Vital statistics of India. Vol. IV, Annual returns from 1871 to 1876. British Army of India, Native Army and jails of Bengal
Year: 1871
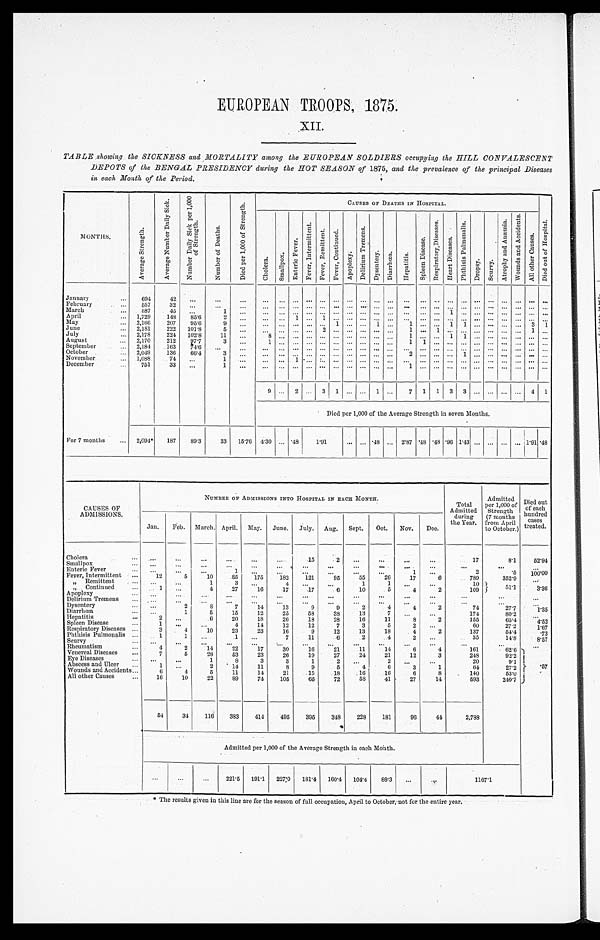
EUROPEAN TROOPS, 1875
XII.
TABLE .showing the SICKNESS and MORTALITY among the EUROPEAN SOLDIERS occupying the HILL CONVALESCENT
DEPOTS of the BENGAL PRESIDENCY during the HOT SEASON of 1875, and the prevalence of the principal Diseases
in each Month of the Period.
MONTHS;
A v e r a g e S t r e n g t h .
A v e r a g e N u m b e r D a i l y S i c k .
N u m b e r D a i l y S i c k p e r 1 , 0 0 0
o f S t r e n g t h .
N u m b e r o f D e a t h s .
D i e d p e r 1 , 0 0 0 o f S t r e n g t h .
C A U S E S O F D E A T H S I N H O S P I T A L .
C h o l e r a .
S m a l l p o x .
E n t e r i c F e v e r .
F e v e r , I n t e r m i t t e n t .
F e v e r , R e m i t t e n t .
F e v e r , C o n t i n u e d . A p o p l e x y .
D e l i r i u m T r e m e n s .
D y s e n t e r y . D i a r r h œ a . H e p a t i t i s .
S p l e e n D i s e a s e .
R e s p i r a t o r y D i s e a s e s .
H e a r t D i s e a s e s .
P h t h i s i s P i l m o n a l i s .
D r o p s y .
S c u r v y .
A t r o p h y a n d A n æ m i k a . W o u n d s a n d A c c i d e n t s .
A l l o t h e r C u a s e s .
D i e d o u t o f H o s p i t a l .
January
694 42
February
557 32
March
587 45
1
1
A p r i l
1,729 148
8 5 . 6
2
1
.
1
May
2,166 207 95.6
9
1
1
1
1 1
3 1
June
2,181 222 101.8 5
July
2,178 224 102.8 11
8
1
1 1
August
2,170 212
9 7 . 7 3
1 1
...
September
2,184 163
7 4 . 6
October
2,049 136 66.4 3
November
1,088 74
1
December
751 33
1
1
9
2
3 1
1
7 1 1 3 3
4 1
Died per 1,000 of the Average Strength in seven Months.
For 7months
2,094* 187 89.3 33 15.76 4.30 .48 1.91
. 4 8 2.87 .48 .48 . 96 1. 43
1.91 . 4 8
CAUSES OF
ADMISSIONS.
NUMBER OF ADMISSIONS INTO HOSPITAL IN EACH MONTH.
Total
Admitted
during
the Year.
Admitted
per 1,000 of
Strength
(7 months
from April
to October.)
Died out
of each
hun7ree' d
hundred
""'
treated.
Jan.
Feb. March. April. May. June. July. Aug. Sept.
Oct.
Nov.
Dec.
Cholera
15
2
17
8.1
5 2 . 9 4
Smallpox
Enteric Fever
2
. 5
...
Fever, Intermittent
12
5
10
85
175
1 8 2
1 2 1 ... 95
5 5
26
1
17
789
'5
352'.9
1 0 0 . 0 0
„ Remittent.
1
3
4
1
1
10
5 1 . 1
}
3'36
„ Continued
1
4
27
16
17
.17
6
10
. 5
. 4
2
109
Apoplexy
Delirium Tremens
Dysentery
2
8
7
14
.13
9
... 9
...
2
4
4
2
74
27'.7
1 . 3 5
Diarrhœa
1
5
15
12
25
58
38
13
174
80.2
1.35
Hepatitis
2
.6
20
18
26
18
28
16
11
8
2
155
65.4
4'52
Spleen Disease
1
4
14
12
12
7
3
5
2
60
27.2
Respiratory Diseases
3
4
. 1 0
23
23
16
9
12
13
18
4
2
137
54.4
1'67
.3
Phthisis Pulmonalis
1
1
7
11
6
2
4
2
35
14.8
8.57
Scurvy
.
...
Rheumatism
4
2
14
22
17
...
30
16
2 1
1 1
1 4
6
4
161
62.6
Venereal Diseases
7
5
28
53
23
26
19
27
24
21
12
3
248
92.2
Eye Diseases
1
8
3
3
1
2
20
9.1
Abscess and Ulcer
1
2
14
11
8
9
5
4
6
3
1
64
27.2 .'57
Wounds and Accidents
6
. 4
5
11
14
21
15
18
16
16
6
8
140
53'0
'
All other Causes
16
10
22
89
74
105
65
72
58
41
27
14
593
240.7
54
34
116
383
414
495
395
348
228
181
96
44
2,788
Admitted per 1,000 of the Average Strength in each Month.
221.5
191.1
227.0
181.4
160.4 104.4
88.3
1167.1
The results given in this line are for the season of full occupation, April to October, not for the entire year.